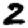
Digit: 2